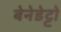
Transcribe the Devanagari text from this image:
बेनेडेट्टो